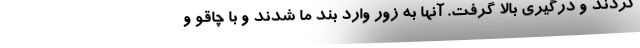
کردند و درگیری بالا گرفت. آنها به زور وارد بند ما شدند و با چاقو و